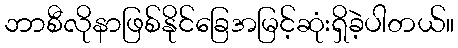
ဘာစီလိုနာဖြစ်နိုင်ခြေအမြင့်ဆုံးရှိခဲ့ပါတယ်။